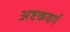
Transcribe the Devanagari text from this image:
अष्टकवर्ग